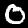
Digit: 0